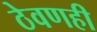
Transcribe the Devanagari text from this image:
ठेवणही